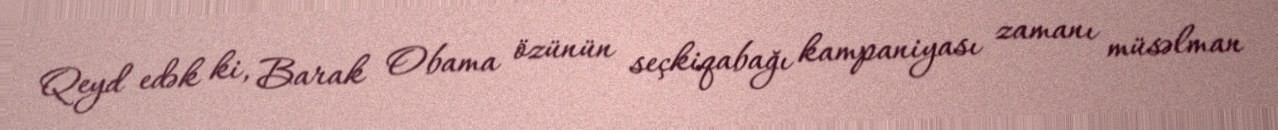
Qeyd edək ki, Barak Obama özünün seçkiqabağı kampaniyası zamanı müsəlman